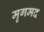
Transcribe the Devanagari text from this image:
मृगमद